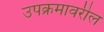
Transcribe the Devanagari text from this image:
उपक्रमावरील